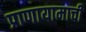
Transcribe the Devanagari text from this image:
प्राणायामाची